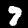
Label: 7